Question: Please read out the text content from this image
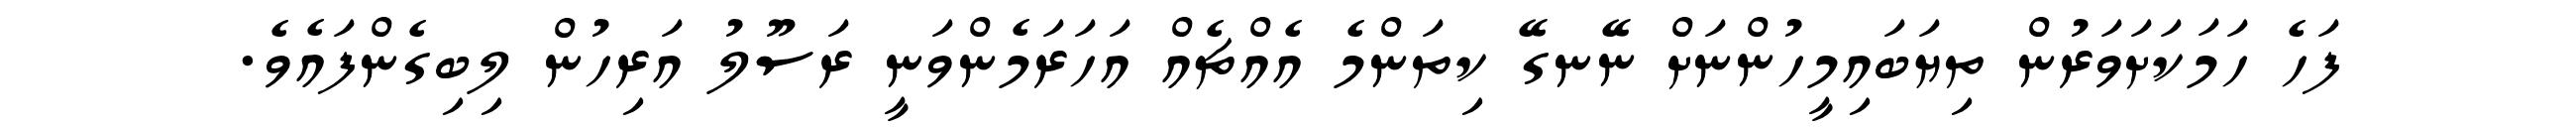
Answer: ފަހެ ހަމަކަށަވަރުން ތިޔަބައިމީހުންނަށް ނޭނގޭ ކިތަންމެ އެއްޗެއް އަހަރަމެންވަނީ ރަސޫލު އަރިހުން ލިބިގެންފައެވެ.